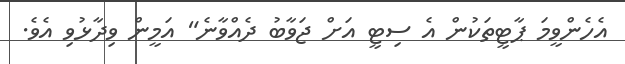
އެހެންވީމަ ޕާޓީތަކުން އެ ސިޓީ އަށް ޖަވާބު ދެއްވާނެ" އަމީން ވިދާޅުވި އެވެ.